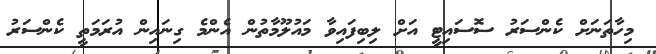
މިހާތަނަށް ކެންސަރު ސޮސައިޓީ އަށް ލިބިފައިވާ މައުލޫމާތުން އެންމެ ގިނައިން އުރަމަތީ ކެންސަރު